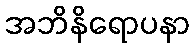
အဘိနိရောပနာ